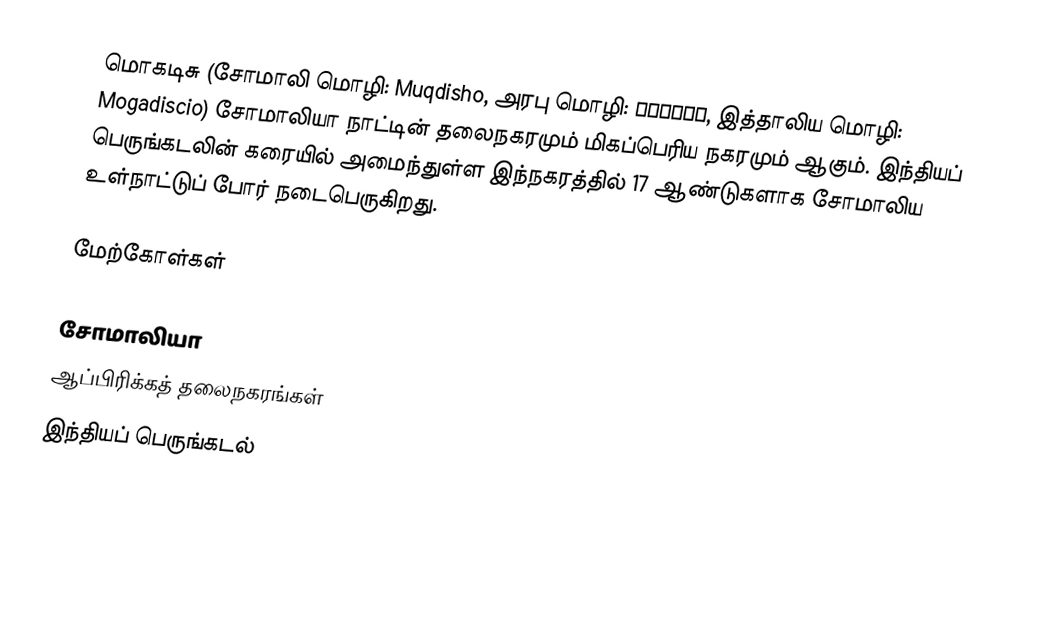
மொகடிசு (சோமாலி மொழி: Muqdisho, அரபு மொழி: مقديشو, இத்தாலிய மொழி: Mogadiscio) சோமாலியா நாட்டின் தலைநகரமும் மிகப்பெரிய நகரமும் ஆகும். இந்தியப் பெருங்கடலின் கரையில் அமைந்துள்ள இந்நகரத்தில் 17 ஆண்டுகளாக சோமாலிய உள்நாட்டுப் போர் நடைபெருகிறது.

மேற்கோள்கள்

சோமாலியா
ஆப்பிரிக்கத் தலைநகரங்கள்
இந்தியப் பெருங்கடல்